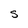
Character: S